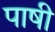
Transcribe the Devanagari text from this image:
पाषी